Elephants and their diseases
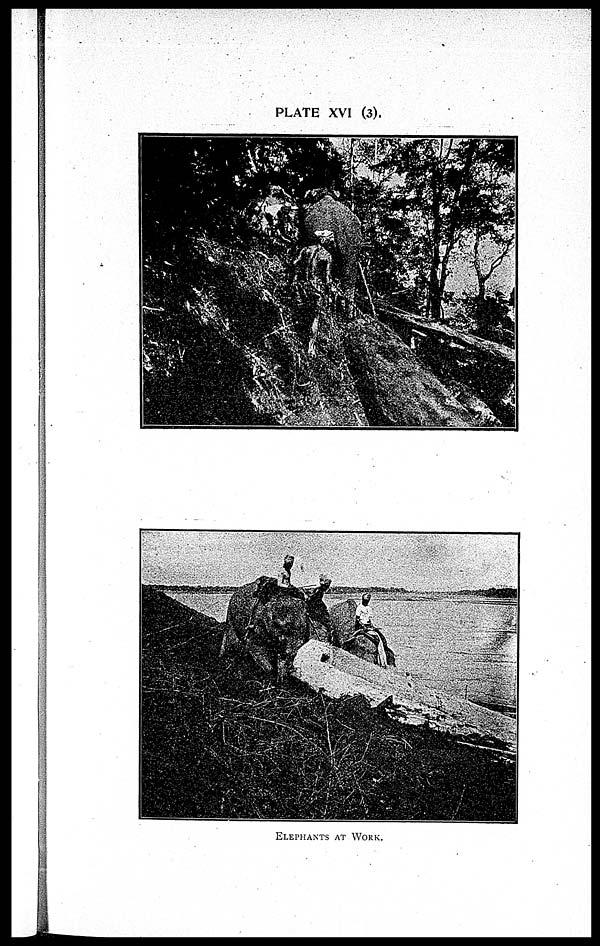
PLATE XVI (3).
ELEPHANTS AT WORK.